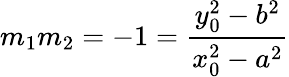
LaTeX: m_{1}m_{2}=-1={\frac{y_{0}^{2}-b^{2}}{x_{0}^{2}-a^{2}}}